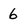
Character: 6